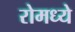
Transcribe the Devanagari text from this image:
रोमध्ये